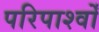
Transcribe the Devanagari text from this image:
परिपार्श्वों